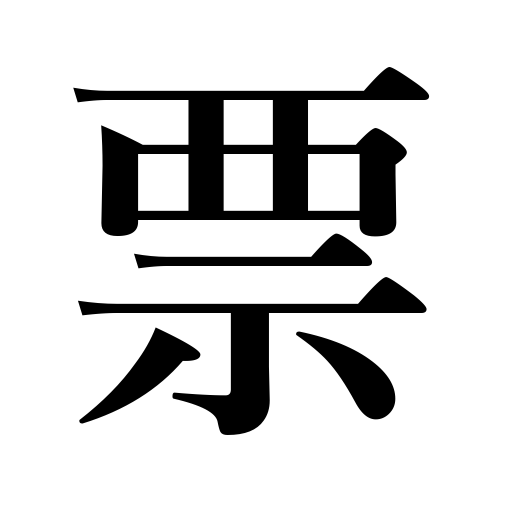
Meanings: label,ticket,sign,ballot